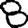
Digit: 8